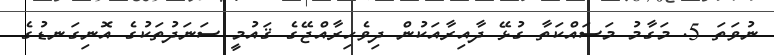
ނުވަތަ 5. މަގާމު މަސައްކަތާ ގުޅޭ ދާއިރާއަކުން ދިވެހިރާއްޖޭގެ ޤައުމީ ސަނަދުތަކުގެ އޮނިގަނޑުގެ